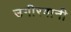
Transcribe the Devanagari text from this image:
उगीरवानी